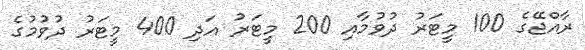
ރާއްޖޭގެ 100 މީޓަރު ދުވުމާއި 200 މީޓަރު އަދި 400 މީޓަރު ދުވުމުގެ